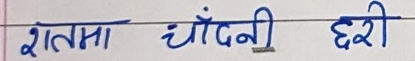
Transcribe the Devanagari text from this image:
रातमा चाँदनी छरी